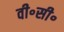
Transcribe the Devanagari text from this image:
वी॰सी॰